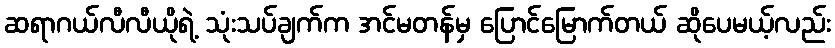
ဆရာဂယ်လီလီယိုရဲ့ သုံးသပ်ချက်က အင်မတန်မှ ပြောင်မြောက်တယ် ဆိုပေမယ့်လည်း